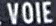
VOIE